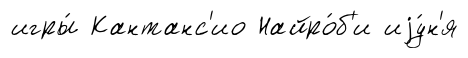
игры́ Кантанс'ио Найро́б'и иjу́н'я